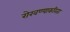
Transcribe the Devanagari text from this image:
रोखण्याकरिता